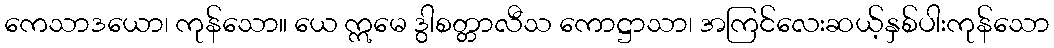
ကေသာဒယော၊ ကုန်သော။ ယေ ဣမေ ဒွါစတ္တာလီသ ကောဋ္ဌာသာ၊ အကြင်လေးဆယ့်နှစ်ပါးကုန်သော